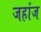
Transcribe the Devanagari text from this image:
जहांज